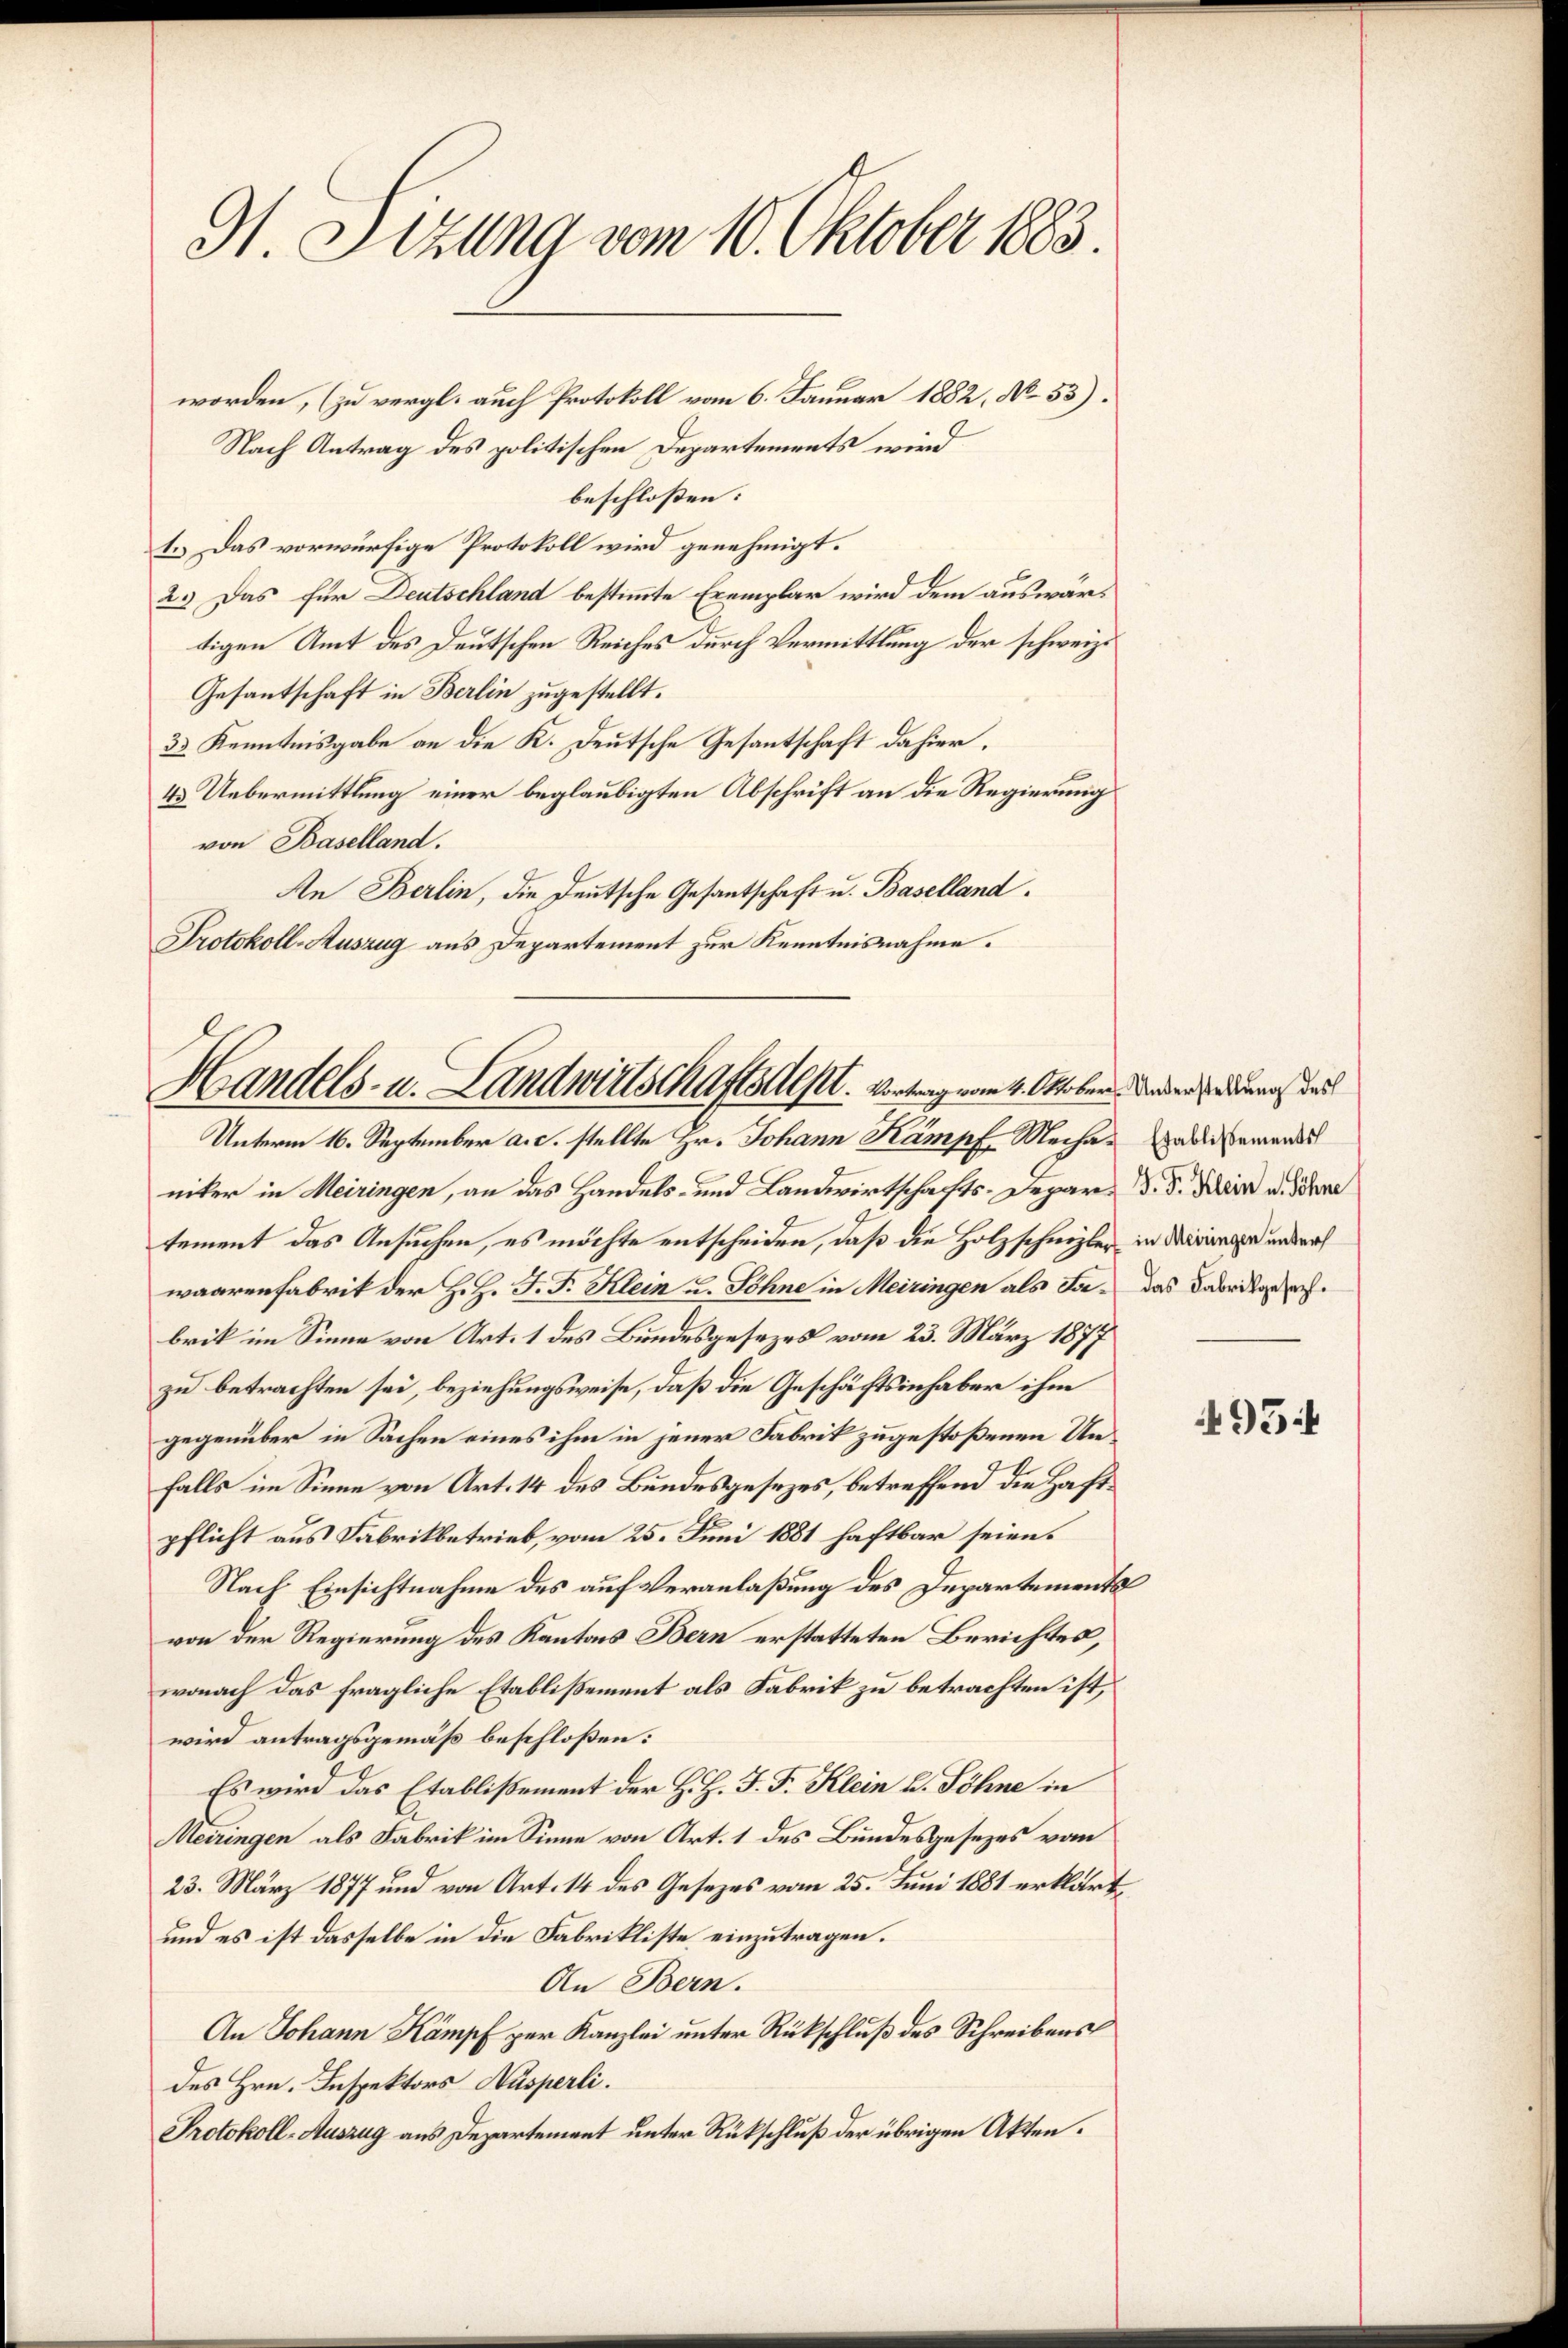
H. Sizung vom 10. Oktober 1883.

Handels- u. Landwirtschaftsdept. Vortrag vom 4. Oktober. Jeder oder was das
Unterm 16. September a. c. stellte Hr. Johann Kampf Mechandermands

worden, (zu vergl. auch Protokoll vom 6. Januar 1882, No. 53).
Nach Antrag des politischen Departements wird
beschlossen:
1. Das vorwürfige Protokoll wird genehmigt.
2.) Das für Deutschland bestimmte Exemplar wird dem auswärtigen Amt des Deutschen Reiches durch Vermittlung der schweiz.
Gesantschaft in Berlin zugestellt.
33 Kenntnisgabe an die K. Deutsche Gesantschaft dahier.
4.) Uebermittlung einer beglaubigten Abschrift an die Regierung
von Baselland.
An Berlin, die Deutsche Gesantschaft u. Baselland.
Protokoll-Auszug aus Departement zur Kenntnisnahme.

niker in Meiringen, an das Handels- und Landwirtschafts-Depar d. 5. Dir u. Schre
tement das Ansuchen, es möchte entscheiden, daß die Holzschnizler in Miringer anders
waarenfabrik der H. H. J. F. Klein u. Söhne in Meiringen als Fa- das Fabrikgesebrik im Sinne von Art. 1 des Bundesgesezes vom 23. März 1877
zu betrachten sei, beziehungsweise, daß die Geschäftsinhaber ihm
gegenüber in Sachen eines ihm in jener Fabrik zugestoßenen Unfalls im Sinne von Art. 14 des Bundesgesezes, betreffend die Haftpflicht aus Fabrikbetrieb, vom 25. Juni 1881 haftbar seien.
Nach Einsichtnahme des auf Veranlaßung des Departements
von der Regierung des Kantons Bern erstatteten Berichtes,
wonach das fragliche Etablißement als Fabrik zu betrachten ist,
wird antragsgemäß beschloßen:
Es wird das Etablissement der H. H. J. F. Klein u. Söhne in
Meiringen als Fabrik im Sinne von Art. 1 des Bundesgesezes vom
23. März 1877 und von Art. 14 des Gesezes vom 25. Juni 1881 erklärt,
und es ist dasselbe in die Fabrikliste einzutragen.
An Bern.
An Johann Kampf zur Kanzlei unter Rückschluß des Schreibens
des Hrn. Inspektors Ausperli.
Protokoll-Auszug aus Departement unter Rückschluß der übrigen Akten.

495 f